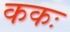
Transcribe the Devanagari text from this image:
ककः